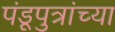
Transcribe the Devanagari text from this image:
पंडूपुत्रांच्या